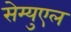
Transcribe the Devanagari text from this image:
सेम्युएल